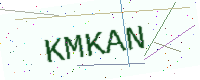
Text: KMKAN